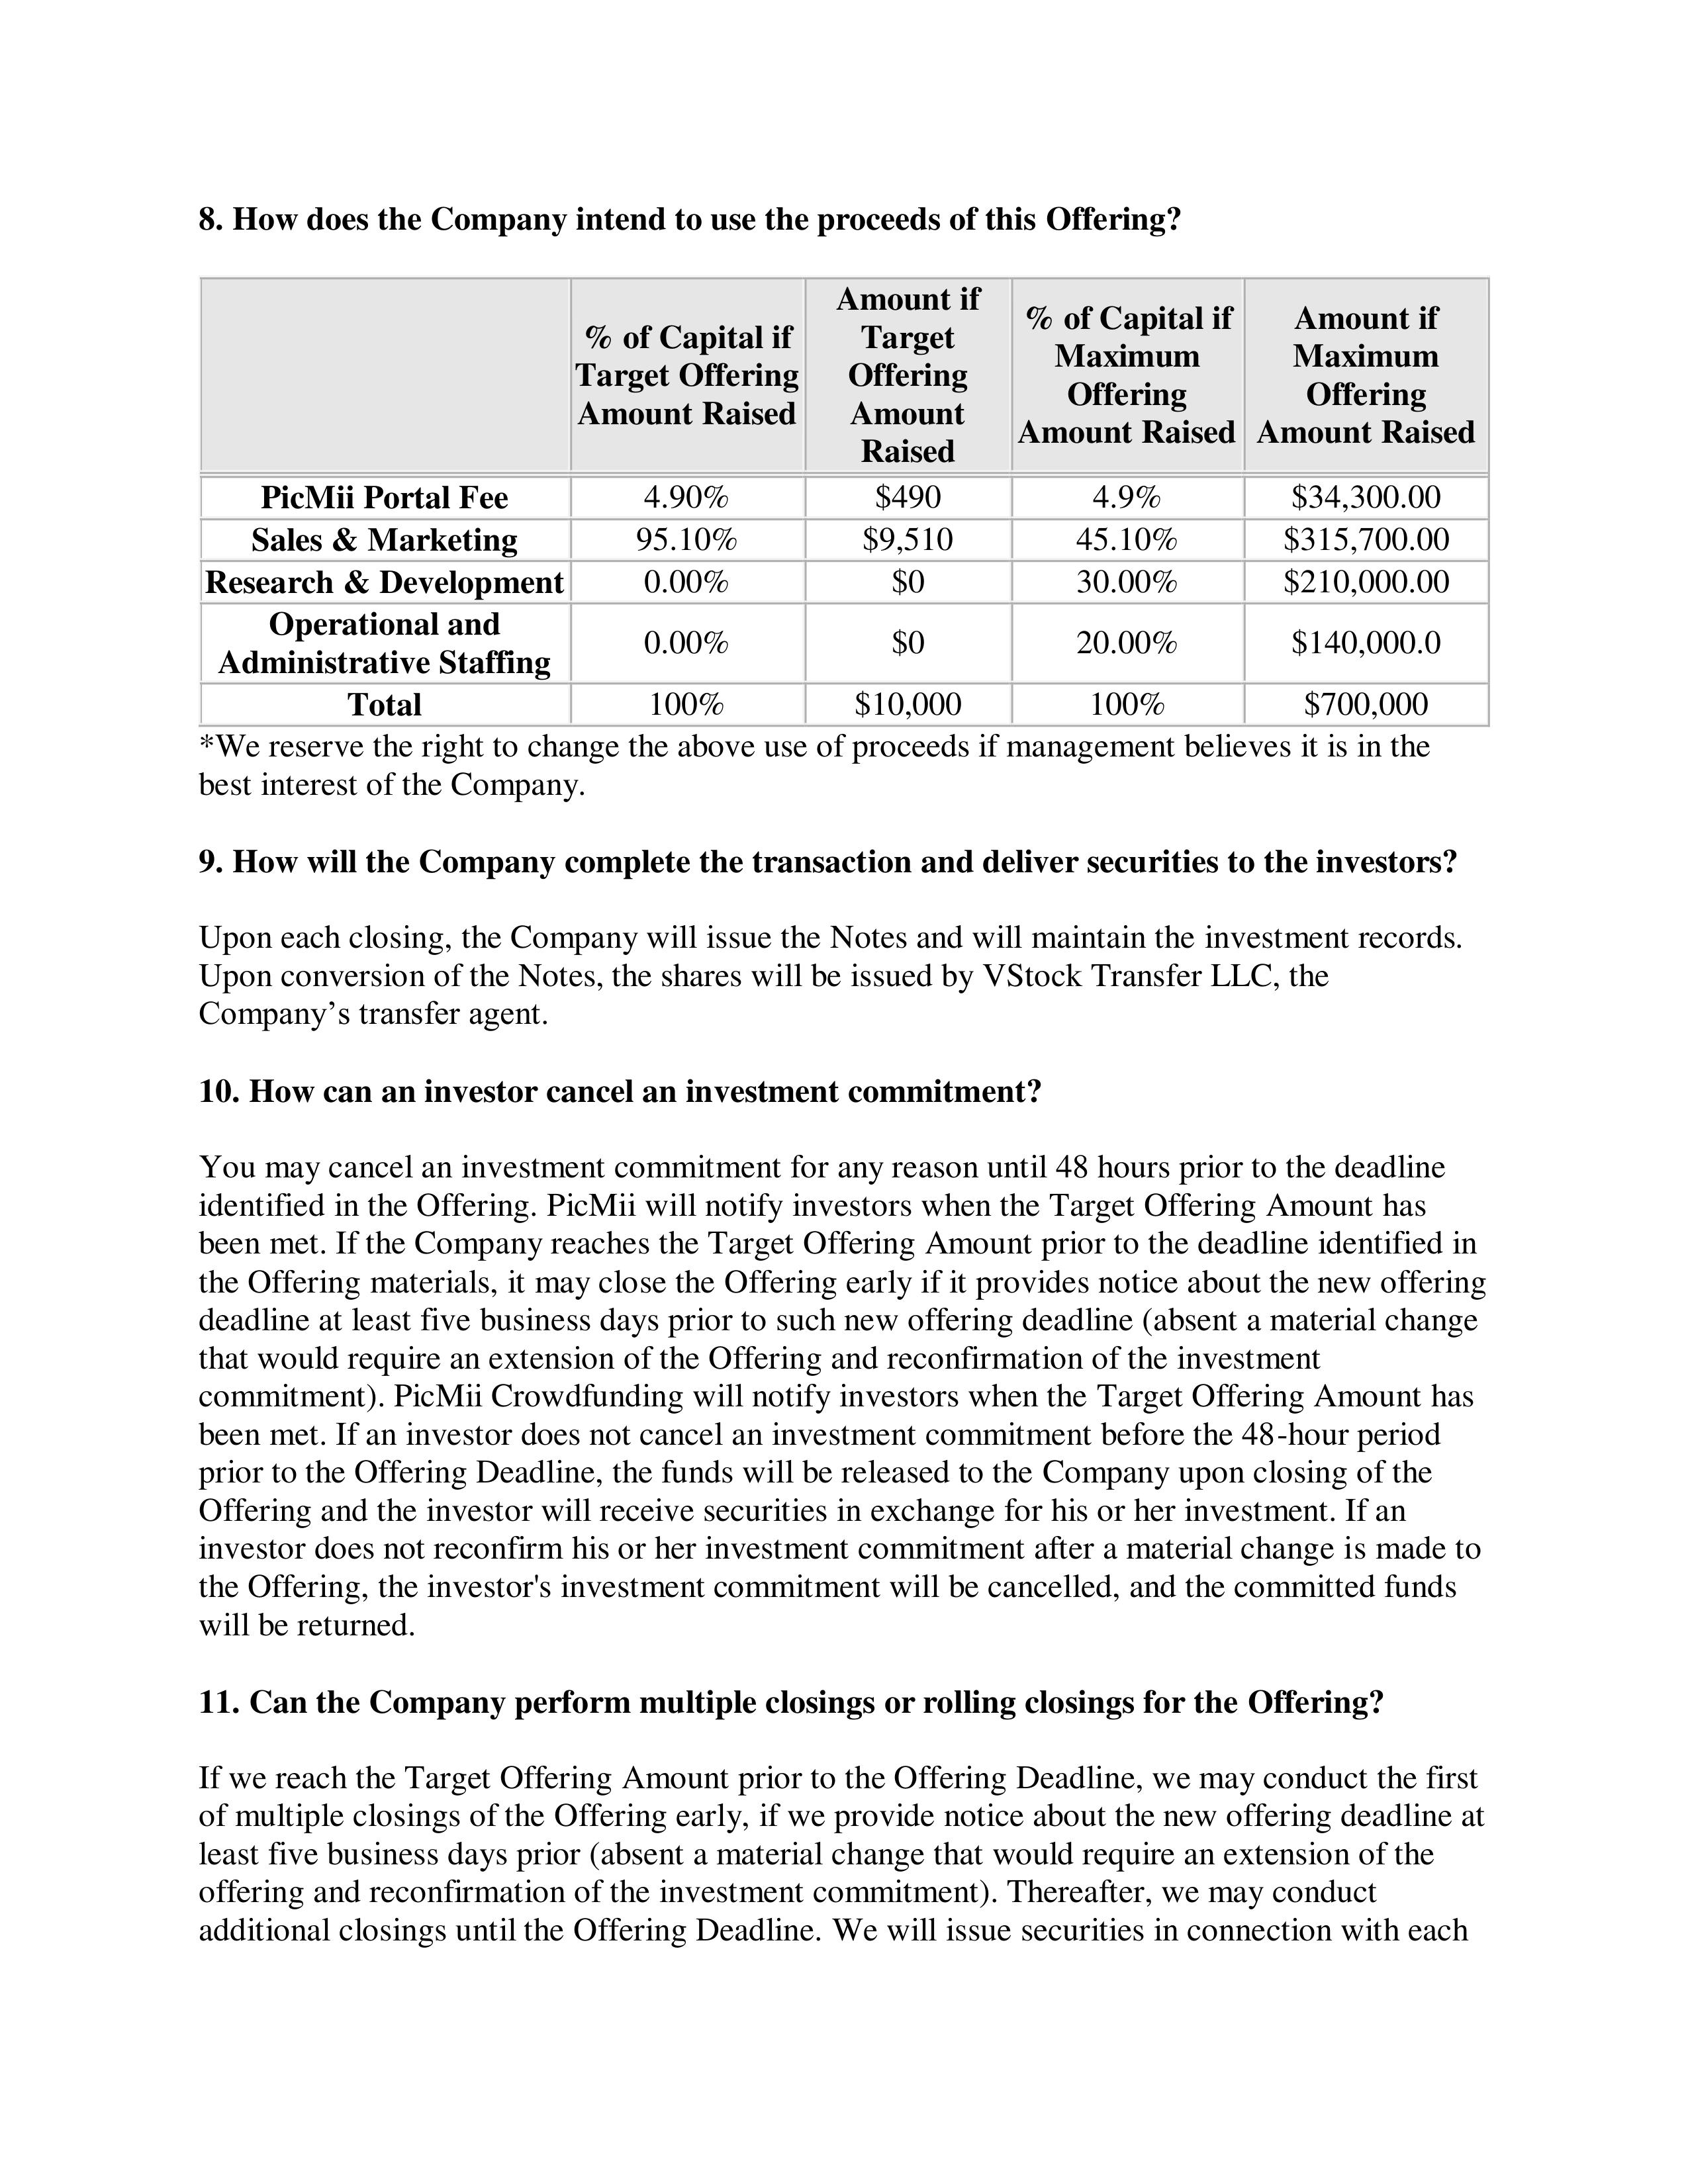
8. How does the Company intend to use the proceeds of this Offering?

                                    Amount if          % of Capital if        Amount if
                     % of Capital if   Target             Maximum              Maximum
                     Target Offering   Offering           Offering             Offering
                     Amount Raised     Amount          Amount Raised        Amount Raised
                                       Raised
PicMii Portal Fee         4.90%         $490              4.9%              $34,300.00
Sales & Marketing        95.10%        $9,510            45.10%            $315,700.00
Research & Development    0.00%          $0              30.00%            $210,000.00
Operational and
Administrative Staffing   0.00%          $0              20.00%            $140,000.0
Total                     100%        $10,000             100%              $700,000
*We reserve the right to change the above use of proceeds if management believes it is in the
best interest of the Company.

9. How will the Company complete the transaction and deliver securities to the investors?

Upon each closing, the Company will issue the Notes and will maintain the investment records.
Upon conversion of the Notes, the shares will be issued by VStock Transfer LLC, the
Company's transfer agent.

10. How can an investor cancel an investment commitment?

You may cancel an investment commitment for any reason until 48 hours prior to the deadline
identified in the Offering. PicMii will notify investors when the Target Offering Amount has
been met. If the Company reaches the Target Offering Amount prior to the deadline identified in
the Offering materials, it may close the Offering early if it provides notice about the new offering
deadline at least five business days prior to such new offering deadline (absent a material change
that would require an extension of the Offering and reconfirmation of the investment
commitment). PicMii Crowdfunding will notify investors when the Target Offering Amount has
been met. If an investor does not cancel an investment commitment before the 48-hour period
prior to the Offering Deadline, the funds will be released to the Company upon closing of the
Offering and the investor will receive securities in exchange for his or her investment. If an
investor does not reconfirm his or her investment commitment after a material change is made to
the Offering, the investor's investment commitment will be cancelled, and the committed funds
will be returned.

11. Can the Company perform multiple closings or rolling closings for the Offering?

If we reach the Target Offering Amount prior to the Offering Deadline, we may conduct the first
of multiple closings of the Offering early, if we provide notice about the new offering deadline at
least five business days prior (absent a material change that would require an extension of the
offering and reconfirmation of the investment commitment). Thereafter, we may conduct
additional closings until the Offering Deadline. We will issue securities in connection with each